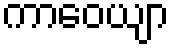
ကာဝေယျာ